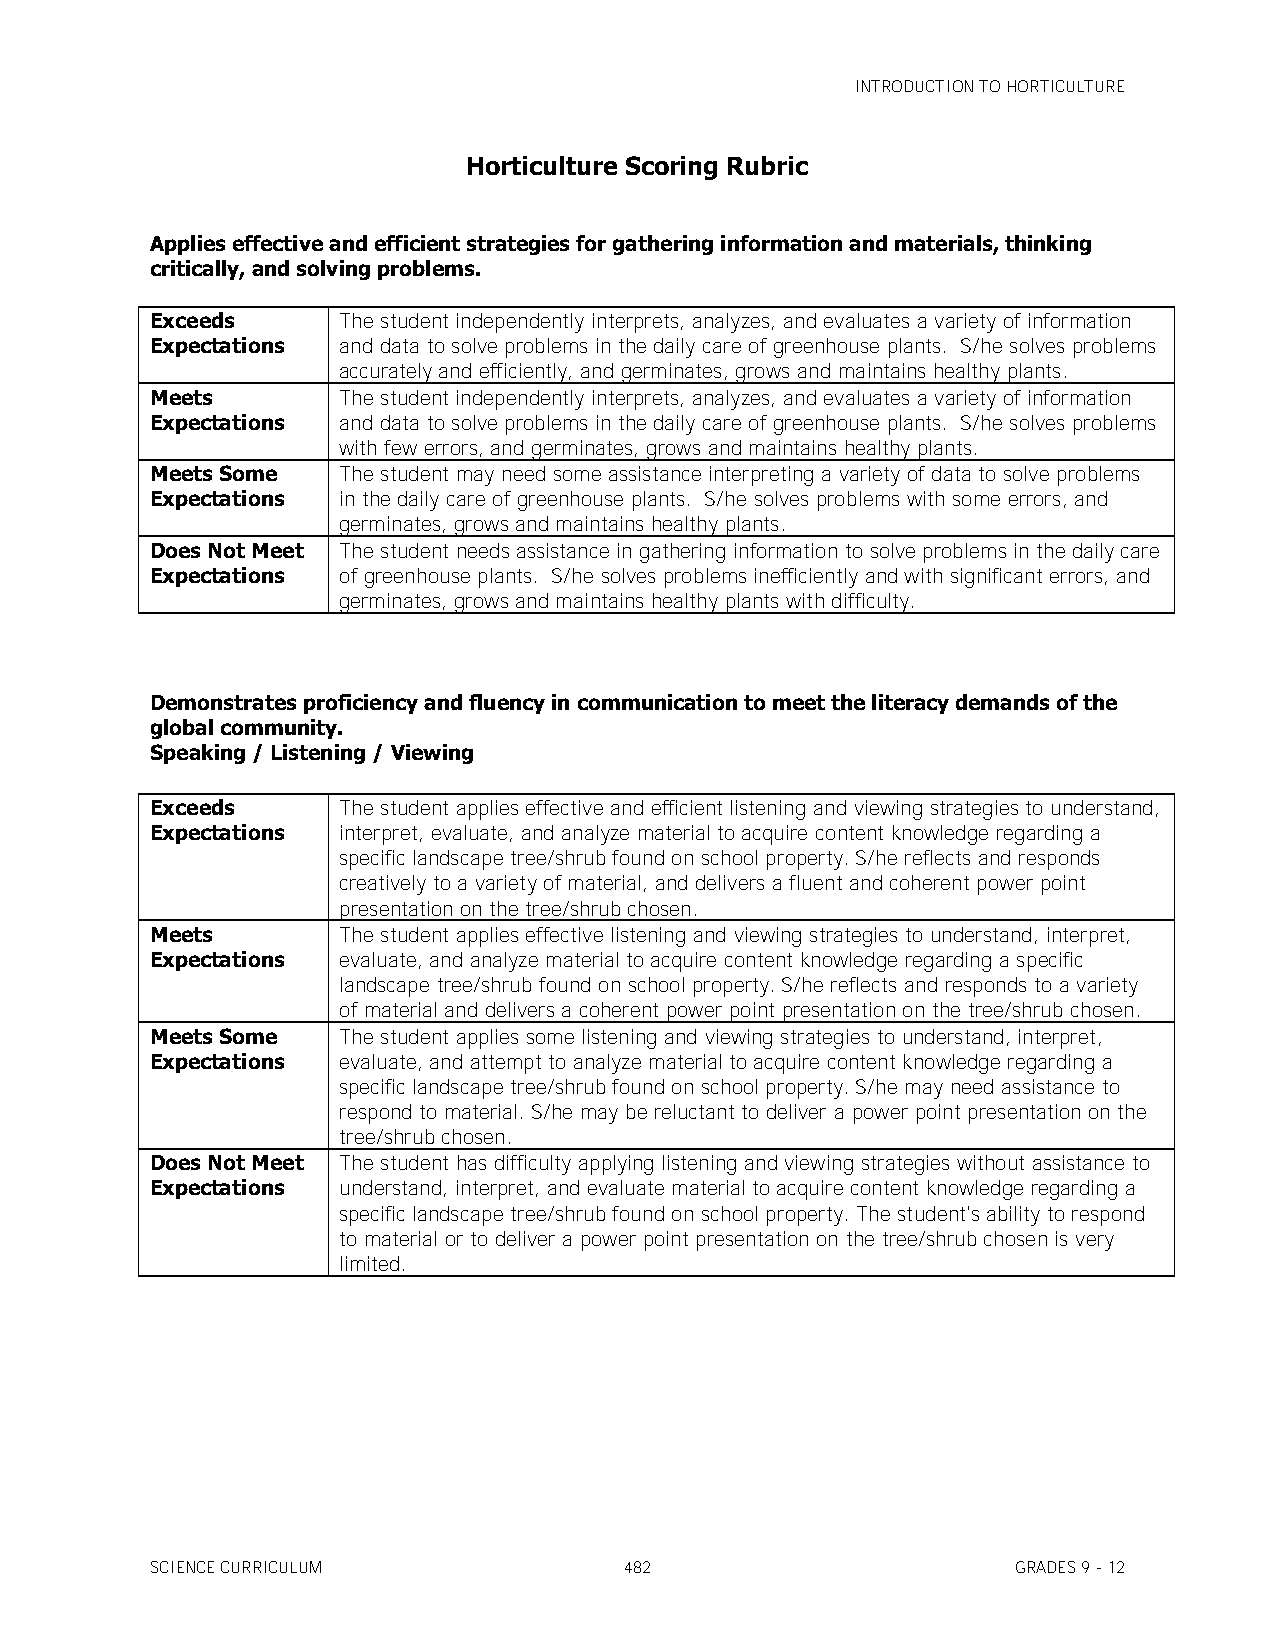
INTRODUCTION TO HORTICULTURE
 Horticulture Scoring Rubric
 Applies effective and efficient strategies for gathering information and materials, thinking
 critically, and solving problems.
 Exceeds     The student independently interprets, analyzes, and evaluates a variety of information
 Expectations and data to solve problems in the daily care of greenhouse plants. S/he solves problems
 accurately and efficiently, and germinates, grows and maintains healthy plants.
 Meets       The student independently interprets, analyzes, and evaluates a variety of information
 Expectations and data to solve problems in the daily care of greenhouse plants. S/he solves problems
 with few errors, and germinates, grows and maintains healthy plants.
 Meets Some  The student may need some assistance interpreting a variety of data to solve problems
 Expectations in the daily care of greenhouse plants. S/he solves problems with some errors, and
 germinates, grows and maintains healthy plants.
 Does Not Meet The student needs assistance in gathering information to solve problems in the daily care
 Expectations of greenhouse plants. S/he solves problems inefficiently and with significant errors, and
 germinates, grows and maintains healthy plants with difficulty.
 Demonstrates proficiency and fluency in communication to meet the literacy demands of the
 global community.
 Speaking / Listening / Viewing
 Exceeds     The student applies effective and efficient listening and viewing strategies to understand,
 Expectations interpret, evaluate, and analyze material to acquire content knowledge regarding a
 specific landscape tree/shrub found on school property. S/he reflects and responds
 creatively to a variety of material, and delivers a fluent and coherent power point
 presentation on the tree/shrub chosen.
 Meets       The student applies effective listening and viewing strategies to understand, interpret,
 Expectations evaluate, and analyze material to acquire content knowledge regarding a specific
 landscape tree/shrub found on school property. S/he reflects and responds to a variety
 of material and delivers a coherent power point presentation on the tree/shrub chosen.
 Meets Some  The student applies some listening and viewing strategies to understand, interpret,
 Expectations evaluate, and attempt to analyze material to acquire content knowledge regarding a
 specific landscape tree/shrub found on school property. S/he may need assistance to
 respond to material. S/he may be reluctant to deliver a power point presentation on the
 tree/shrub chosen.
 Does Not Meet The student has difficulty applying listening and viewing strategies without assistance to
 Expectations understand, interpret, and evaluate material to acquire content knowledge regarding a
 specific landscape tree/shrub found on school property. The student's ability to respond
 to material or to deliver a power point presentation on the tree/shrub chosen is very
 limited.
 SCIENCE CURRICULUM             482                       GRADES 9 - 12